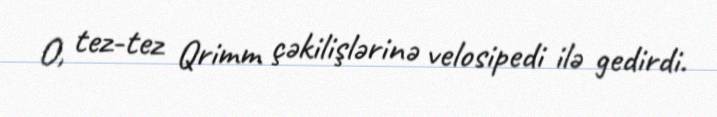
O, tez-tez Qrimm çəkilişlərinə velosipedi ilə gedirdi.